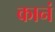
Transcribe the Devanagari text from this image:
कानं